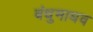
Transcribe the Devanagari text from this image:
बंधुमाधव